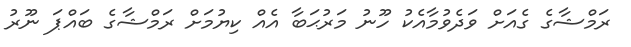
ރަމްޝާގެ ގެއަށް ވަދެވުމާއެކު ހޫނު މަރުޙަބާ އެއް ކިޔުމަށް ރަމްޝާގެ ބައްޕަ ނޫރު